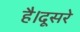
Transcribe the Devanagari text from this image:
है।दूसरे